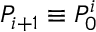
P _ { i + 1 } \equiv P _ { 0 } ^ { i }